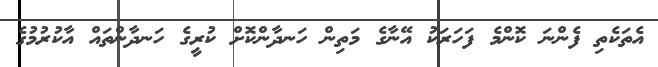
އެތަކެތި ފެންނަ ކޮންމެ ފަހަރަކު އޭނާގެ މަތިން ހަނދާންކޮށް ކުރީގެ ހަނދާންތައް އާކުރުމުގެ